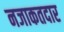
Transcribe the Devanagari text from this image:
नजाकतदार